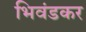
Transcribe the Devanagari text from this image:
भिवंडकर